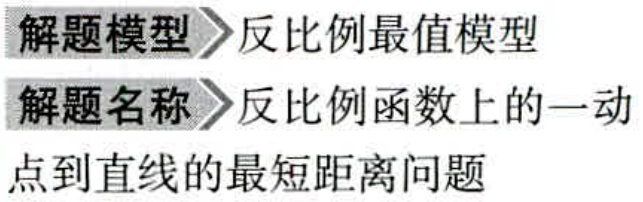
\begin{center}
  \textbf{解题模型}  \textgreater\textgreater 反比例最值模型 \\
  \textbf{解题名称}  \textgreater\textgreater 反比例函数上的一动点到直线的最短距离问题
\end{center}